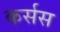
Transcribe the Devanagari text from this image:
कर्सस